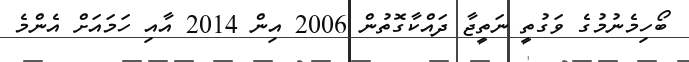
ބޯހިމެނުމުގެ ވަގުތީ ނަތީޖާ ދައްކާގޮތުން 2006 އިން 2014 އާއި ހަމައަށް އެންމެ